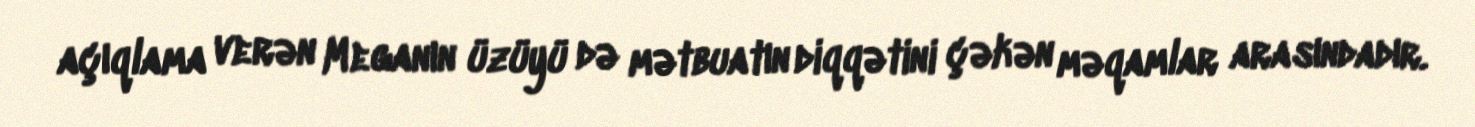
açıqlama verən Meganın üzüyü də mətbuatın diqqətini çəkən məqamlar arasındadır.